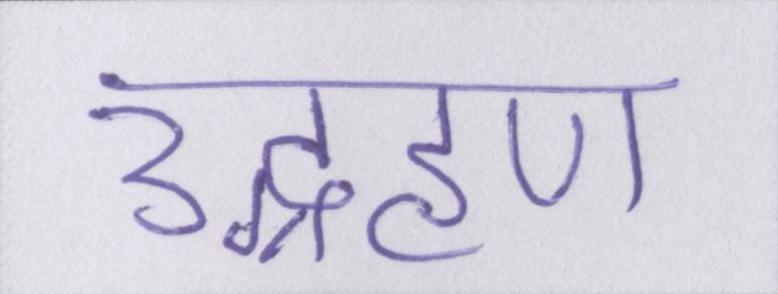
उद्ग्रहण